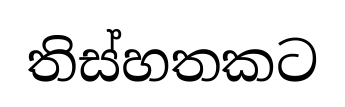
තිස්හතකට